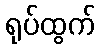
ရုပ်ထွက်